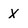
Character: X